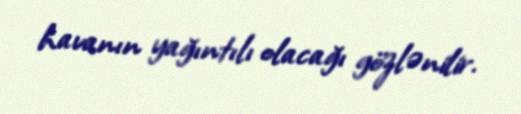
havanın yağıntılı olacağı gözlənilir.